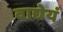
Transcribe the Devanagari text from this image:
वाद्येयं